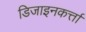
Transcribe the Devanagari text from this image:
डिजाइनकर्त्ता